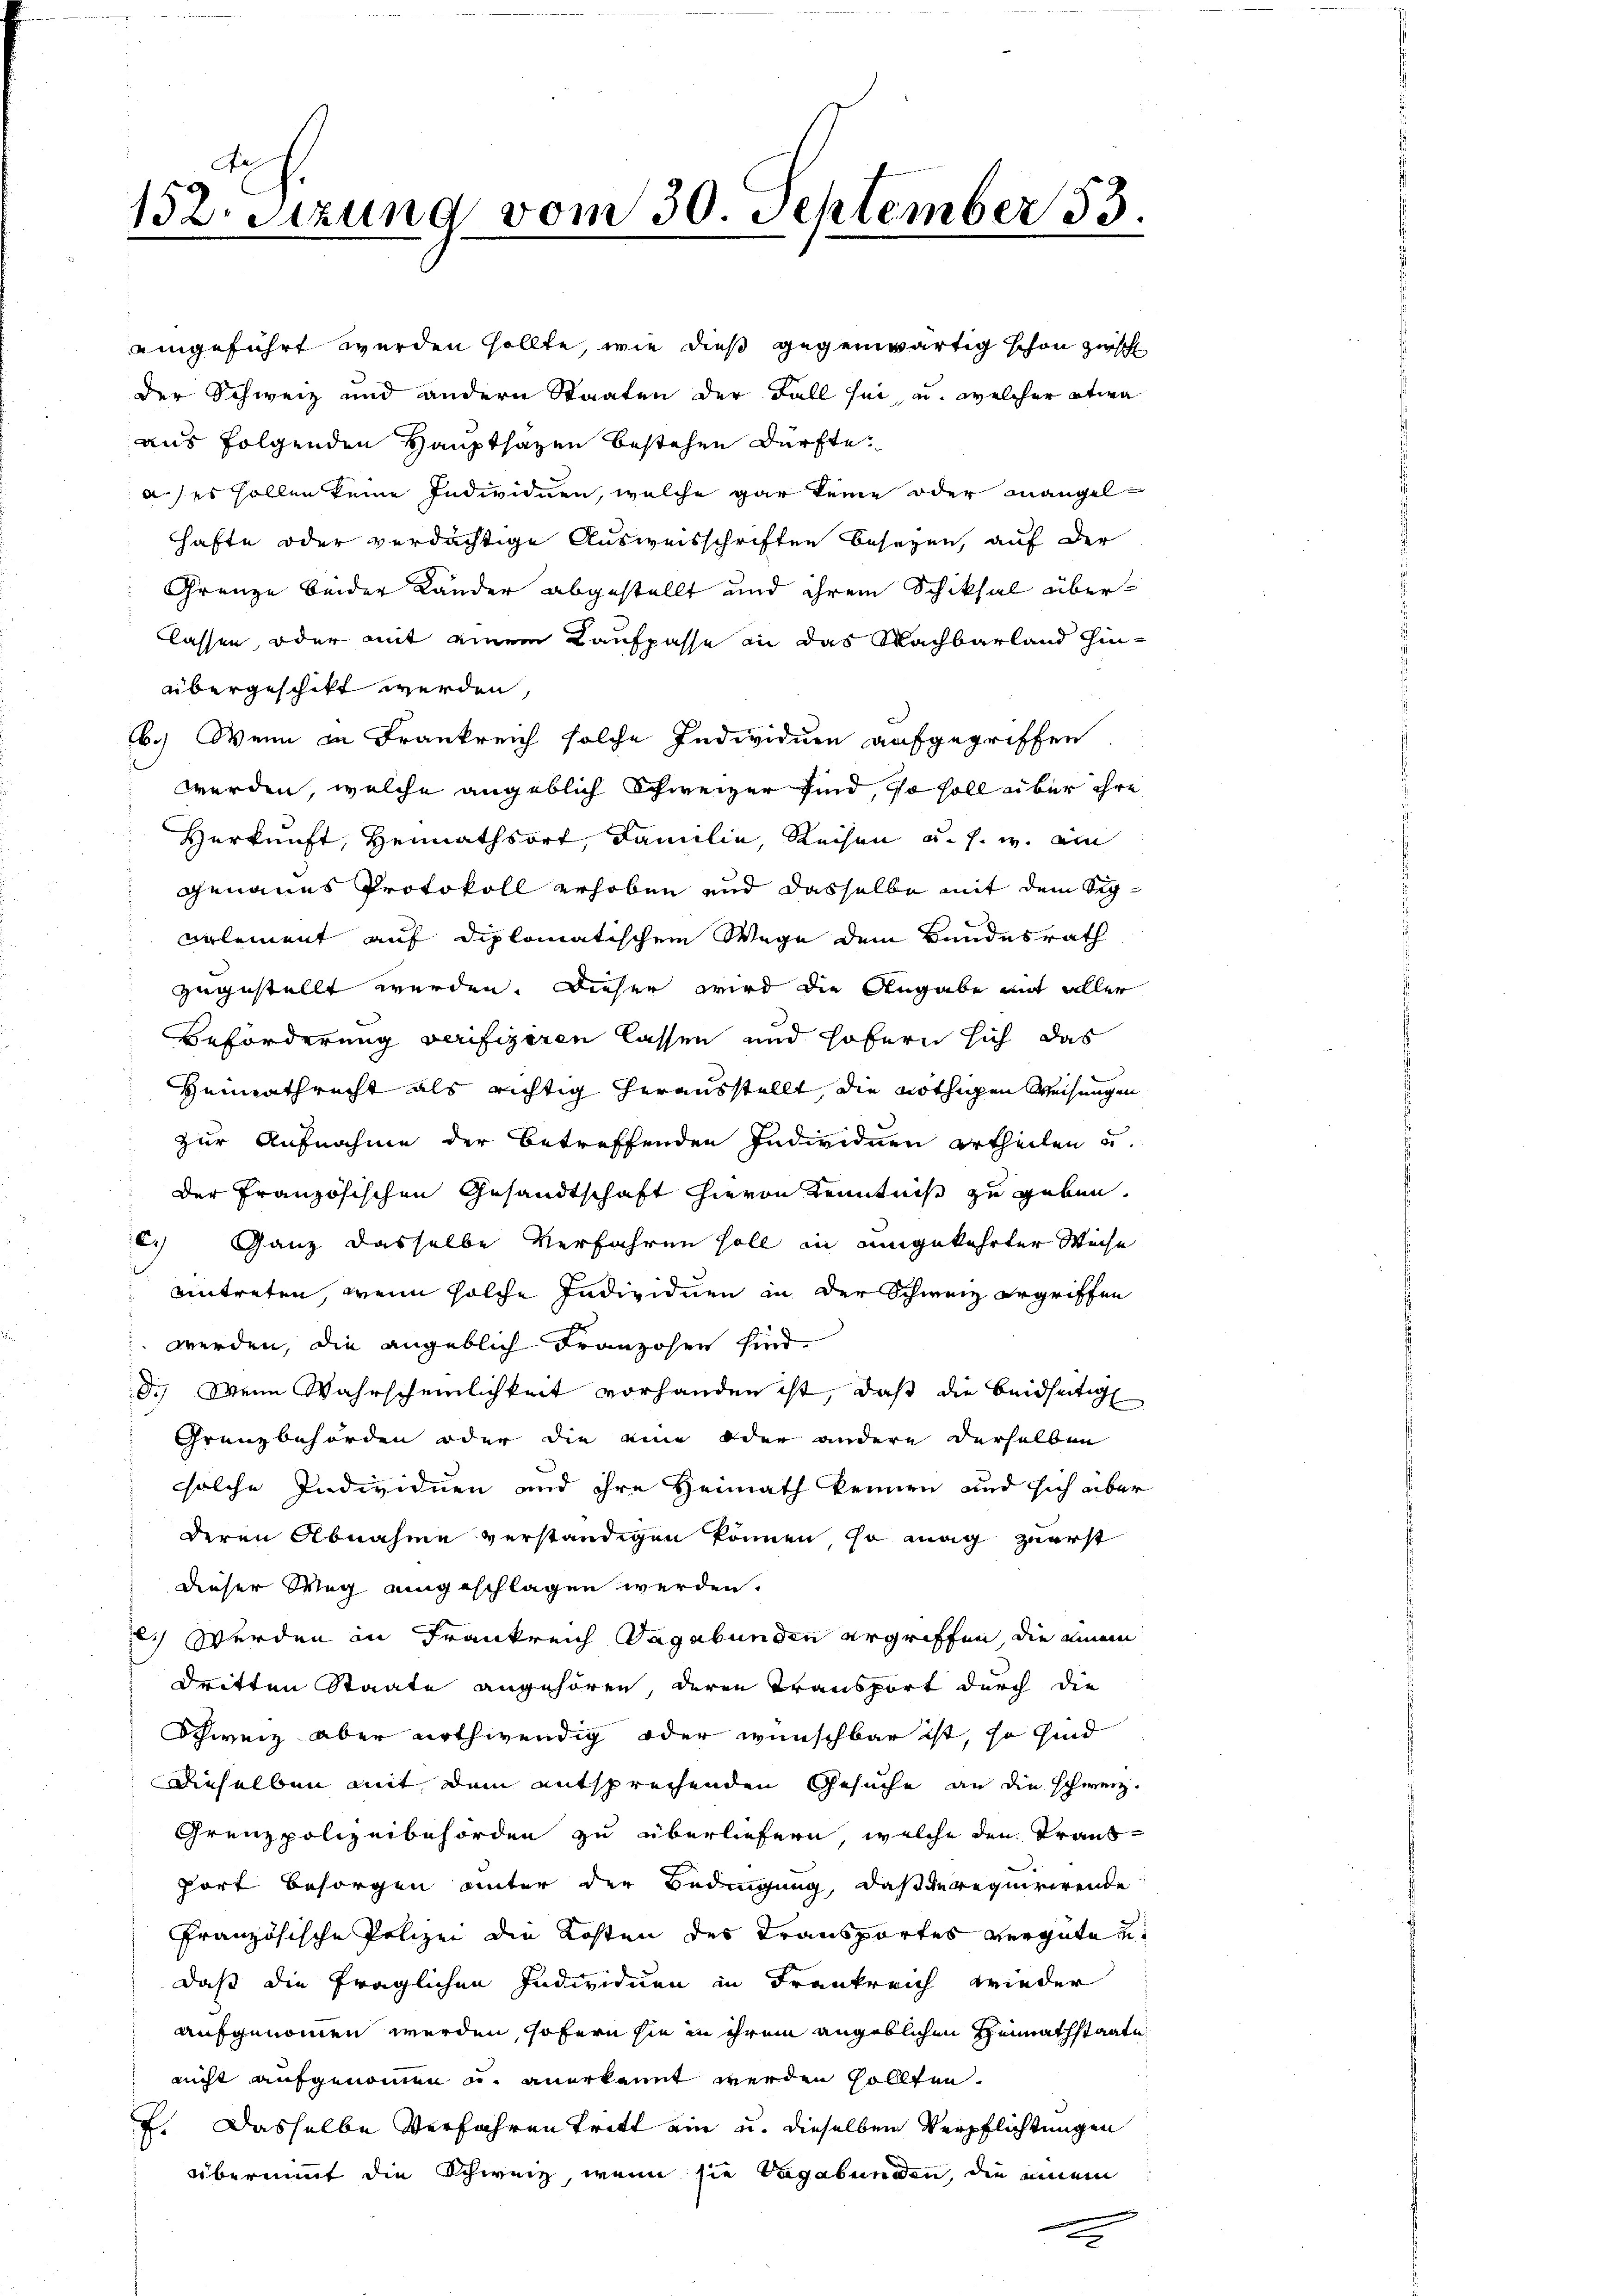
152. Sitzung vom 30. September 33.

aingeführt werden sollte, wie dieß gegenwärtig schon zwisch
der Schweiz und andern Staaten der Fall sei, u. welcher etwa

aus folgenden Haupthazen bestehen dürfte.
a.) es sollen keine Individuen, welche gar keine oder mangelhafte oder verdächtige Ausweisschriften besezen, auf der
Grenze beider Länder abgestellt und ihrem Schiksal überlassen, oder mit einem Kaufpasse in das Machbarland hin-
übergeschikt werden,
b.) Wenn in Frankreich solche Individuen aufgegriffen.
werden, welche angeblich Schweizer sind, so soll über ihre
Herkunft, Heimathsort, Familie, Reisen u. s. w. ein
genaues Protokoll erhoben und dasselbe mit dem Segvelement auf diplomatischem Wege dem Bundesrath
zugestellt werden. Dieser wird die Angabe mit aller
Beförderung verifiziren lassen und hofern sich das
Heimathrecht als richtig herausstellt, die nöthigen Weisungen
zur Aufnahme der betreffenden Individuen ertheilen u.
der Französischen Gesandtschaft hievon Kenntniß zu geben.
c) Ganz dasselbe Verfahren soll in eingekehrter Weise
eintreten, wenn solche Individuen in der Schweiz ergriffen
werden, die angeblich Franzosen sind.
8.) Wenn Wahrscheinlichkeit vorhanden ist, daß die beidseitig
Grenzbehörden oder die eine oder andere derselben
solche Individuen und ihre Heimath kennen und sich aber
deren Abnahme verständigen können, so mag zuerst
dieser Weg eingeschlagen werden.
.) Werden in Frankreich Sagabunden ergriffen, die einem
dritten Staate angehören, deren Transport durch die
Schweiz aber nothwendig oder wünschbar ist, so sind
Dieselben mit dem entsprechenden Gesuche an die schweiz.
Grenzpolizeibehörden zu überliefern, welche den Transport besorgen unter der Bedingung, daß derequirirende
Französische Polizei die Kosten des Transportes vergüten
daß die fraglichen Individuen in Frankreich wieder
aufgenommen werden, sofern hie in ihrem angeblichen Heimathstaate
nicht aufgenommen u. anerkannt werden sollten.
f. Dasselbe Verfahren tritt ein u. dieselben Verpflichtungen
übernimmt die Schweiz, wenn sie Vagabunden, die einem